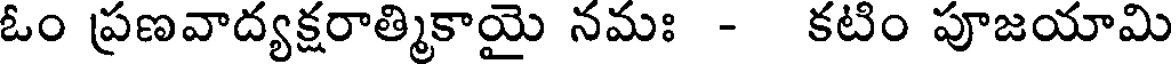
ఓం ప్రణవాద్యక్షరాత్మికాయై నమః - కటిం పూజయామి